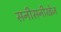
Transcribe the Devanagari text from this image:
सनीसनीखेज